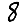
Digit: 8